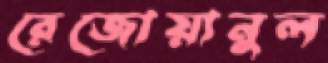
রেজোয়ানুল